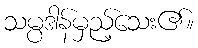
သမ္ပဒါန်မှည့်သေး၏။